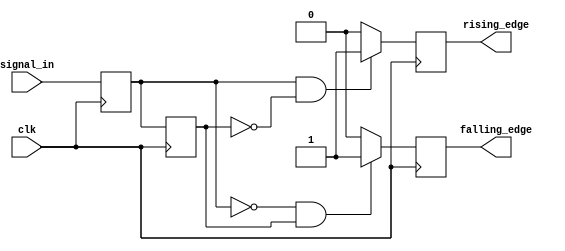
module differential_edge_detector (
    input wire clk,                // Clock signal
    input wire signal_in,          // Input signal to monitor
    output reg rising_edge,        // Output for rising edge detection
    output reg falling_edge        // Output for falling edge detection
);

    reg previous_state;            // Register to hold the previous state
    reg current_state;             // Register to hold the current state

    // Always block triggered on the rising edge of the clock
    always @(posedge clk) begin
        // Update current state with the input signal
        current_state <= signal_in;
        
        // Detect edges by comparing current state with previous state
        if (current_state == 1'b1 && previous_state == 1'b0) begin
            rising_edge <= 1'b1;    // Rising edge detected
        end else begin
            rising_edge <= 1'b0;    // No rising edge
        end

        if (current_state == 1'b0 && previous_state == 1'b1) begin
            falling_edge <= 1'b1;    // Falling edge detected
        end else begin
            falling_edge <= 1'b0;     // No falling edge
        end

        // Update previous state for the next clock cycle
        previous_state <= current_state;
    end

    // Initial state for simulation purposes
    initial begin
        previous_state = 1'b0;       // Initialize previous state
        current_state = 1'b0;        // Initialize current state
        rising_edge = 1'b0;          // Initialize rising edge signal
        falling_edge = 1'b0;         // Initialize falling edge signal
    end

endmodule